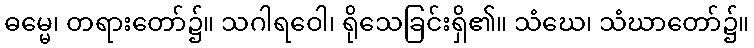
ဓမ္မေ၊ တရားတော်၌။ သဂါရဝေါ၊ ရိုသေခြင်းရှိ၏။ သံဃေ၊ သံဃာတော်၌။